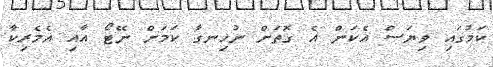
ކަމުގައި ވިޔަސް އެކަން އެ ގޮތަށް ނުހިނގާ ކަމަށް ނޭޓޯ އާއި އެމެރިކާ